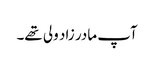
آپ مادر زاد ولی تھے۔